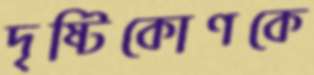
দৃষ্টিকোণকে